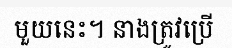
មួយនេះ។ នាងត្រូវប្រើ